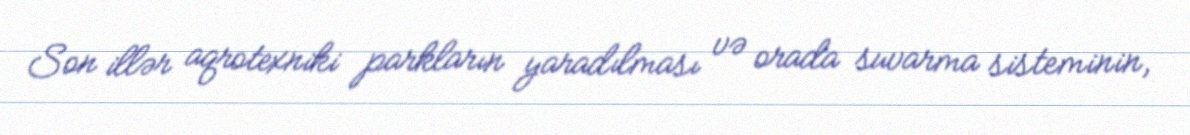
Son illər aqrotexniki parkların yaradılması və orada suvarma sisteminin,